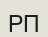
РП